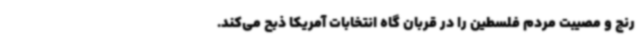
رنج و مصیبت مردم فلسطین را در قربان گاه انتخابات آمریکا ذبح می‌کند.